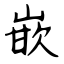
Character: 嵌